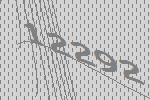
12292